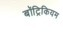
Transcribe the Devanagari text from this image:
बॉट्रिकियम